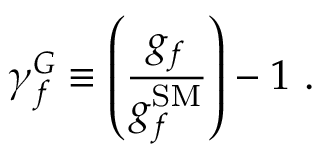
\gamma _ { f } ^ { G } \equiv \left( \frac { g _ { f } } { g _ { f } ^ { \mathrm { S M } } } \right) - 1 ~ .